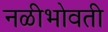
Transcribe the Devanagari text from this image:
नळीभोवती